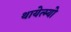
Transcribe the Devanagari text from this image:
थायेत्म्यो